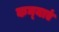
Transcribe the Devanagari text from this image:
कन्‍याएं